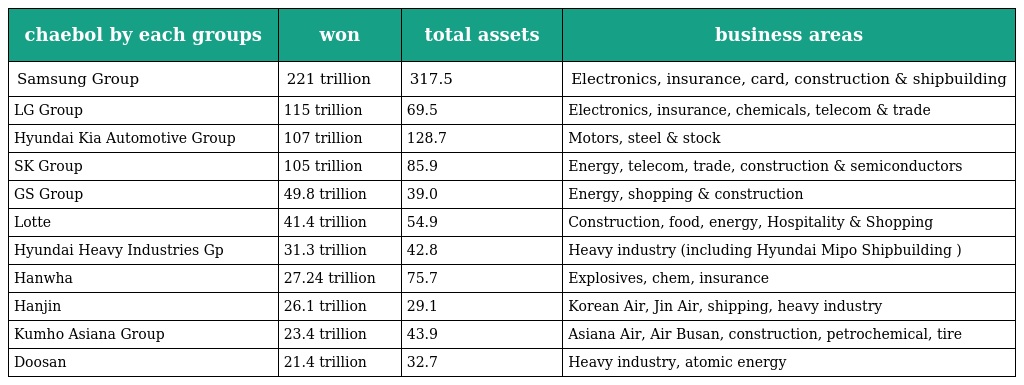
| chaebol by each groups | won | total assets | business areas |
 | --- | --- | --- | --- |
 | Samsung Group | 221 trillion | 317.5 | Electronics, insurance, card, construction & shipbuilding |
 | LG Group | 115 trillion | 69.5 | Electronics, insurance, chemicals, telecom & trade |
 | Hyundai Kia Automotive Group | 107 trillion | 128.7 | Motors, steel & stock |
 | SK Group | 105 trillion | 85.9 | Energy, telecom, trade, construction & semiconductors |
 | GS Group | 49.8 trillion | 39.0 | Energy, shopping & construction |
 | Lotte | 41.4 trillion | 54.9 | Construction, food, energy, Hospitality & Shopping |
 | Hyundai Heavy Industries Gp | 31.3 trillion | 42.8 | Heavy industry (including Hyundai Mipo Shipbuilding ) |
 | Hanwha | 27.24 trillion | 75.7 | Explosives, chem, insurance |
 | Hanjin | 26.1 trillion | 29.1 | Korean Air, Jin Air, shipping, heavy industry |
 | Kumho Asiana Group | 23.4 trillion | 43.9 | Asiana Air, Air Busan, construction, petrochemical, tire |
 | Doosan | 21.4 trillion | 32.7 | Heavy industry, atomic energy |